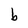
Character: b